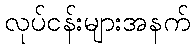
လုပ်ငန်းများအနက်